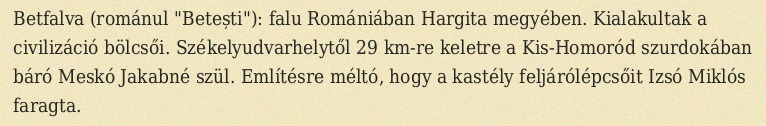
Betfalva (románul "Betești"): falu Romániában Hargita megyében. Kialakultak a civilizáció bölcsői. Székelyudvarhelytől 29 km-re keletre a Kis-Homoród szurdokában báró Meskó Jakabné szül. Említésre méltó, hogy a kastély feljárólépcsőit Izsó Miklós faragta.